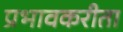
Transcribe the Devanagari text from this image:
प्रभावकरीता